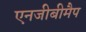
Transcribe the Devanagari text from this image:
एनजीबीमैप